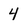
Character: 4